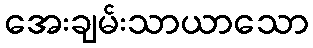
အေးချမ်းသာယာသော